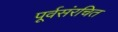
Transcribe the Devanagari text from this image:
पूर्वसंरचित